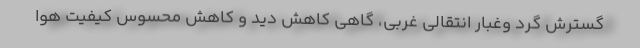
گسترش گرد وغبار انتقالی غربی، گاهی کاهش دید و کاهش محسوس کیفیت هوا